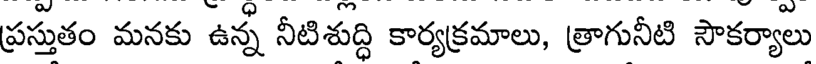
ప్రస్తుతం మనకు ఉన్న నీటిశుద్ధి కార్యక్రమాలు, త్రాగునీటి సౌకర్యాలు